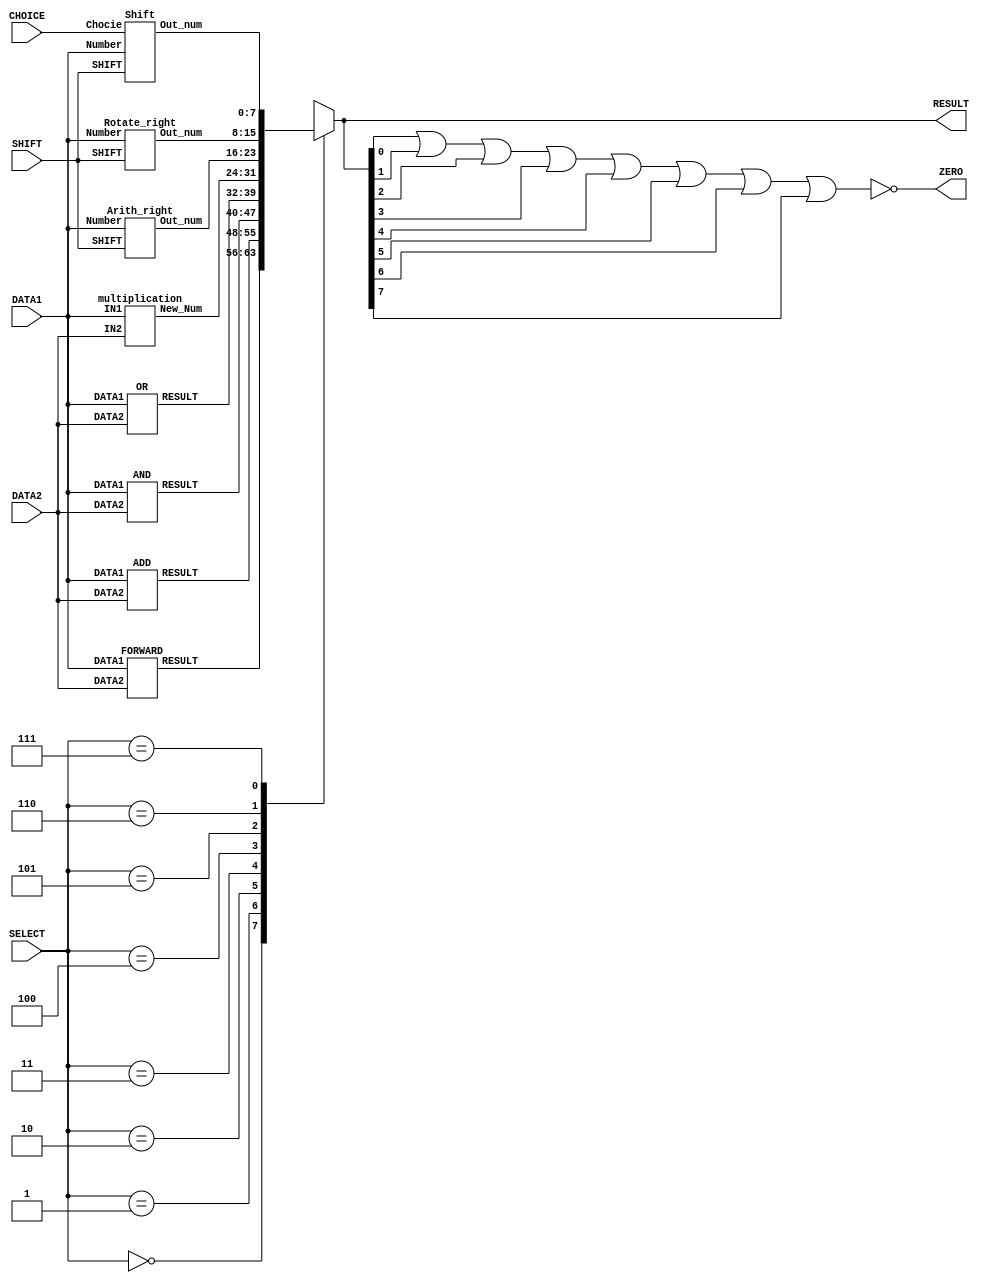
`timescale 1ns/100ps
module ALU(DATA1, DATA2, RESULT, SELECT,ZERO,SHIFT,CHOICE);
    // Defining ports
    input [7:0] DATA1, DATA2;
    output [7:0] RESULT;
    input [2:0] SELECT;
    reg [7:0] RESULT;


    //Shift amount
    input [3:0] SHIFT;

    //choice for shifting left or right
    input CHOICE;

    //Zero port
    output ZERO;

    // Wires for the different cases
    wire [7:0] C0 , C1 , C2, C3;

    // Wires for Extended ISA 
    wire [7:0] C4, C5, C6, C7;
    
    // Forward
    FORWARD case0(DATA1, DATA2,C0);

    // Add
    ADD case1(DATA1,DATA2,C1);

    // AND
    AND case2(DATA1,DATA2,C2);

    // OR
    OR case3(DATA1,DATA2,C3);
    
    //multiplication
    multiplication case4(DATA1,DATA2,C4);
    
    //arthimetic right shift
    Arith_right case5(SHIFT,DATA1,C5);

    //rotate
    Rotate_right case6(SHIFT,DATA1,C6);

    //shift
    Shift case7(SHIFT,DATA1,C7,CHOICE);

    always @*
    // Defining each case
    begin
        case(SELECT)
        //mov, loadi
        3'b000:
            begin
                RESULT = C0;
            end

        //add
        3'b001:
            begin
                RESULT = C1;
            end

        //bitwise and
        3'b010:
            begin
                RESULT = C2;
            end

        //bitwise or
        3'b011:
            begin
                RESULT = C3;
            end

        //multiiplication
        3'b100:
            begin
                RESULT = C4;
            end

        //Aritchmetic Right Shift
        3'b101:
            begin
                RESULT = C5;
            end

        //Rotate
        3'b110:
            begin
                RESULT = C6;
            end
        
        //Shift
        
        3'b111:
            begin
                RESULT = C7;
            end
        default: RESULT = DATA2 ;
        endcase
    end

    //The combinational logic to generate the ZERO output
	assign ZERO = ~(RESULT[0] | RESULT[1] | RESULT[2] | RESULT[3] | RESULT[4] | RESULT[5] | RESULT[6] | RESULT[7]);
endmodule

// This module forwards the second operand to the result
module FORWARD(DATA1, DATA2, RESULT);
    input [7:0] DATA1 , DATA2 ;
    output [7:0] RESULT;
    assign #1 RESULT = DATA2;
endmodule

// This module adds the two operands
module  ADD(DATA1, DATA2, RESULT);
    input [7:0] DATA1 , DATA2 ;
    output [7:0] RESULT;
    assign #2 RESULT = DATA1 + DATA2;
endmodule

// This module returns the bitwise-AND product of two operands
module AND(DATA1, DATA2, RESULT);
    input [7:0] DATA1 , DATA2 ;
    output [7:0] RESULT;
    assign #1 RESULT = DATA1 & DATA2;
endmodule

// This module returns the bitwise-OR product of two operands
module OR(DATA1, DATA2, RESULT);
    input [7:0] DATA1 , DATA2 ;
    output [7:0] RESULT;
    assign #1 RESULT = DATA1 | DATA2;
endmodule

// This module is used for multiplication ALUOP = 100
module multiplication(
  input [7:0] IN1,
  input [7:0] IN2,
  output [7:0] New_Num
);

  reg [7:0] partial_products[7:0];  // Array to store the partial products
  reg [7:0] sum;

  always @*
  begin
    #2  // Introduce a delay of 2 time units for multiplication

    // Generate partial products for each bit of the multiplier and multiplicand
    
    // Bit 0
    partial_products[0] = {(IN1[7] & IN2[0]), (IN1[6] & IN2[0]), (IN1[5] & IN2[0]), (IN1[4] & IN2[0]),
                           (IN1[3] & IN2[0]), (IN1[2] & IN2[0]), (IN1[1] & IN2[0]), (IN1[0] & IN2[0])};
    
    // Bit 1
    partial_products[1] = {(IN1[6] & IN2[1]), (IN1[5] & IN2[1]), (IN1[4] & IN2[1]), (IN1[3] & IN2[1]),
                           (IN1[2] & IN2[1]), (IN1[1] & IN2[1]), (IN1[0] & IN2[1]), 1'b0};
    
    // Bit 2
    partial_products[2] = {(IN1[5] & IN2[2]), (IN1[4] & IN2[2]), (IN1[3] & IN2[2]), (IN1[2] & IN2[2]),
                           (IN1[1] & IN2[2]), (IN1[0] & IN2[2]), 2'b0};
    
    // Bit 3
    partial_products[3] = {(IN1[4] & IN2[3]), (IN1[3] & IN2[3]), (IN1[2] & IN2[3]), (IN1[1] & IN2[3]),
                           (IN1[0] & IN2[3]), 3'b0};
    
    // Bit 4
    partial_products[4] = {(IN1[3] & IN2[4]), (IN1[2] & IN2[4]), (IN1[1] & IN2[4]), (IN1[0] & IN2[4]), 4'b0};
    
    // Bit 5
    partial_products[5] = {(IN1[2] & IN2[5]), (IN1[1] & IN2[5]), (IN1[0] & IN2[5]), 5'b0};
    
    // Bit 6
    partial_products[6] = {(IN1[1] & IN2[6]), (IN1[0] & IN2[6]), 6'b0};
    
    // Bit 7
    partial_products[7] = {(IN1[0] & IN2[7]), 7'b0};
    
    // Compute the final product by summing up the partial products
    sum = partial_products[0] + partial_products[1] + partial_products[2] +
          partial_products[3] + partial_products[4] + partial_products[5] +
          partial_products[6] + partial_products[7];
  end

  assign New_Num = sum;

endmodule





//testing the multiplication module
/* module mult_tb;
    reg clk;
    
    reg [7:0] in1 = 2;
    reg [7:0] in2 = 3;
    wire [7:0] out;

     multiplication mult(in1, in2, out);

    always begin
        #1 clk = ~clk;  // Toggle the clock every 5 time units
    end

    initial begin
        clk = 0;  
        
        // Apply inputs and display output
        
        in1 = 8'd3;
        in2 = 8'd7;
        #10;

        $finish;  // End the simulation
    end

    // Display the output
    always @(out)
        $display("Output: %d", out);

endmodule  */


// Arithmetic Right Shift : ALUOP = 101
module Arith_right(SHIFT,Number,Out_num);
    
    input [3:0] SHIFT;
    input [7:0] Number;
    output [7:0] Out_num;
    reg [7:0] New_Num;

     
    always @(SHIFT or Number or Out_num) 
    begin
         #1                              // for shifting delay is 1 time unit 
           case (SHIFT)                               // we can shift maximum 8 other then then always smae value 
          4'd0:
            New_Num = Number;
          4'd1:
            New_Num = { Number[7],Number[7:1] };
          4'd2:
            New_Num = { Number[7],Number[7],Number[7:2] };
          4'd3: 
            New_Num = { Number[7],Number[7],Number[7],Number[7:3] };
          4'd4:
            New_Num = { Number[7],Number[7],Number[7],Number[7],Number[7:4] };
          4'd5:
            New_Num = { Number[7],Number[7],Number[7],Number[7],Number[7],Number[7:5] };
          4'd6:
            New_Num = { Number[7],Number[7],Number[7],Number[7],Number[7],Number[7],Number[7:6] };
          4'd7:
            New_Num = { Number[7],Number[7],Number[7],Number[7],Number[7],Number[7],Number[7],Number[7:7] };

        default: New_Num={ Number[7],Number[7],Number[7],Number[7],Number[7],Number[7],Number[7],Number[7:7] };
          endcase
          
          
          
      end 
        assign Out_num = New_Num;
endmodule


module  Rotate_right(SHIFT,Number,Out_num);
    input [3:0] SHIFT;
    input [7:0] Number;
    output [7:0] Out_num; 
    reg [7:0] New_Num;

    always @(SHIFT or Number or Out_num) 
    begin      
        #1                                       // for shifting delay is 1 time unit                     
        case (SHIFT) 
          3'd0:
            New_Num = Number;
          3'd1:
            New_Num = { Number[0],Number[7:1]};
          3'd2:
            New_Num = { Number[1],Number[0],Number[7:2]};
          3'd3:
            New_Num = { Number[2],Number[1],Number[0],Number[7:3]};
          3'd4:
            New_Num = { Number[3],Number[2],Number[1],Number[0],Number[7:4]};
          3'd5:
            New_Num = { Number[4],Number[3],Number[2],Number[1],Number[0],Number[7:5]};
          3'd6:
            New_Num = { Number[5],Number[4],Number[3],Number[2],Number[1],Number[0],Number[7:6]};
          3'd7:
            New_Num = { Number[6],Number[5],Number[4],Number[3],Number[2],Number[1],Number[0],Number[7:7]};
          default: New_Num=8'b0;
          
        endcase
          
          
      end 
      assign Out_num = New_Num;
    

endmodule

// module for testing logical left
/* module ls_tb;
    reg clk;
    
    reg [7:0] shift;
    reg [7:0] in;
    wire [7:0] out;

    Rotate_right mult(shift, in, out);

    always begin
        #1 clk = ~clk;  // Toggle the clock every 5 time units
    end

    initial begin
        clk = 0;  
        
        // Apply inputs and display output
        
        shift = 2;
        in = 14;
        #10;

        $finish;  // End the simulation
    end

    // Display the output
    always @(out)
        $display("Output: %d", out);

endmodule */

module Shift(SHIFT,Number,Out_num,Chocie);
    input [7:0] Number;
    input [3:0] SHIFT;
    input Chocie;
    output [7:0] Out_num; 
    reg [7:0] New_Num;

    always @(SHIFT or Number or Out_num) 
    begin
        case(Chocie)
        1'b0 : //left shift
            begin
                #1                                                 // for shifting delay is 1 time unit 
                case (SHIFT)                                               // we can shift maximum 8 other then then always smae value 
                    4'd0:
                        New_Num = Number;
                    4'd1:
                        New_Num = { Number[6:0],1'b0 };
                    4'd2:
                        New_Num = { Number[5:0],2'b0 };
                    4'd3:
                        New_Num = { Number[4:0],3'b0 };
                    4'd4:
                        New_Num = { Number[3:0],4'b0 };
                    4'd5:
                        New_Num = { Number[2:0],5'b0 };
                    4'd6:
                        New_Num = { Number[1:0],6'b0 };
                    4'd7:
                        New_Num = { Number[0:0],7'b0 };
                    
                        
                    default: New_Num=8'b0;
                endcase 
                
            end
        
        1'b1 :
            begin
                #1                                       // for shifting delay is 1 time unit                     
                case (SHIFT)                          // we can shift maximum 8 other then then always smae value 
                    4'd0:
                        New_Num = Number;                    
                    4'd1:
                        New_Num = { 1'b0,Number[7:1] };
                    4'd2:
                        New_Num = { 2'b0,Number[7:2] };
                    4'd3:
                        New_Num = { 3'b0,Number[7:3] };
                    4'd4:
                        New_Num = { 4'b0,Number[7:4] };
                    4'd5:
                        New_Num = { 5'b0,Number[7:5] };
                    4'd6:
                        New_Num = { 6'b0,Number[7:6] };
                    4'd7:
                        New_Num = { 7'b0,Number[7:7] };
                    default: New_Num=8'b0;
                endcase
                
            end
        endcase
    end
    assign Out_num = New_Num;


endmodule

/* module tb_shift;
    reg [7:0] in;
    reg [3:0] shift;
    reg chocie;
    reg clk;
    wire [7:0] out;
    Shift mult(shift, in, out, chocie);

    always begin
        #1 clk = ~clk;  // Toggle the clock every 5 time units
    end

    initial begin
        clk = 0;  
        
        // Apply inputs and display output
        chocie = 1;
        shift = 2;
        in = 14;
        #10;

        chocie = 1;
        shift = 2;
        in = 14;
        #10;

        $finish;  // End the simulation
    end

    // Display the output
    always @(out)
        $display("Output: %d", out);

endmodule
 */



/* module Logic_right(SHIFT,Number,New_Num);
    input [3:0] SHIFT;
    input [7:0] Number;
    output reg [7:0] New_Num;

     
    
    always @(SHIFT or Number or New_Num) 
    begin
       #1                                             // for shifting delay is 1 time unit 
        case (SHIFT)                          // we can shift maximum 8 other then then always smae value 
          4'd0:
            New_Num = Number;                    
          4'd1:
            New_Num = { 1'b0,Number[7:1] };
          4'd2:
            New_Num = { 2'b0,Number[7:2] };
          4'd3:
            New_Num = { 3'b0,Number[7:3] };
          4'd4:
            New_Num = { 4'b0,Number[7:4] };
          4'd5:
            New_Num = { 5'b0,Number[7:5] };
          4'd6:
            New_Num = { 6'b0,Number[7:6] };
          4'd7:
            New_Num = { 7'b0,Number[7:7] };
          
            
            default: New_Num=8'b0;
          endcase
      end 
endmodule



module Logic_left(SHIFT,Number,New_Num);
    input [3:0] SHIFT;
    input [7:0] Number;
    output reg [7:0] New_Num;
    
    always @(SHIFT or Number or New_Num) 
    begin
        #1                                                 // for shifting delay is 1 time unit 
            case (SHIFT)                                               // we can shift maximum 8 other then then always smae value 
                4'd0:
                    New_Num = Number;
                4'd1:
                    New_Num = { Number[6:0],1'b0 };
                4'd2:
                    New_Num = { Number[5:0],2'b0 };
                4'd3:
                    New_Num = { Number[4:0],3'b0 };
                4'd4:
                    New_Num = { Number[3:0],4'b0 };
                4'd5:
                    New_Num = { Number[2:0],5'b0 };
                4'd6:
                    New_Num = { Number[1:0],6'b0 };
                4'd7:
                    New_Num = { Number[0:0],7'b0 };
                
                    
                default: New_Num=8'b0;
             endcase 
      end
endmodule */